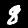
Label: 8